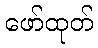
ဖော်ထုတ်